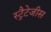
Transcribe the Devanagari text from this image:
स्ट्रैटेजीस